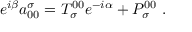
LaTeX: e ^ { i \beta } a _ { 0 0 } ^ { \sigma } = T _ { \sigma } ^ { 0 0 } e ^ { - i \alpha } + P _ { \sigma } ^ { 0 0 } \; .